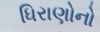
ધિરાણોનો